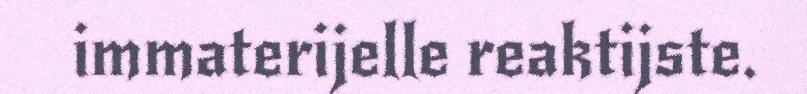
immaterijelle reaktijste.